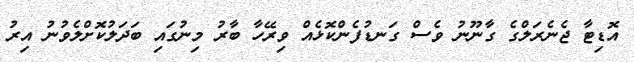
އޮޑިޓާ ޖެނެރަލްގެ ގާނޫނު ވެސް ގަނޑުފެންކޮޅެއް ވިރޭހާ ބާރު މިނުގައި ބަދަލުކޮށްލެވުނު އިރު